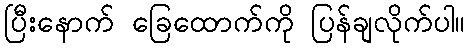
ပြီးနောက် ခြေထောက်ကို ပြန်ချလိုက်ပါ။